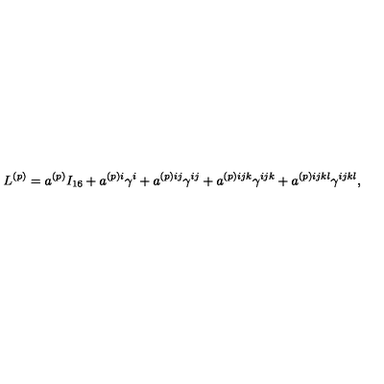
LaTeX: L ^ { ( p ) } = a ^ { ( p ) } I _ { 1 6 } + a ^ { ( p ) i } \gamma ^ { i } + a ^ { ( p ) i j } \gamma ^ { i j } + a ^ { ( p ) i j k } \gamma ^ { i j k } + a ^ { ( p ) i j k l } \gamma ^ { i j k l } ,